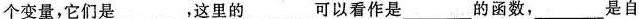
个变量，它们是___，这里的___可以看作是___的函数，___是自